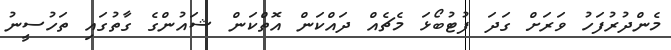
މެންދުރުފަހު ވަރަށް ގަދަ ފުޓުބޯޅަ މެޗެއް ދައްކަން އޮތްކަން ޝައުންގެ ގާތުގައި ތަހުސީނު